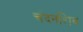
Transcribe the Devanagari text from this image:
चंदनशिव